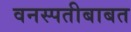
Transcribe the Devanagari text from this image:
वनस्पतीबाबत